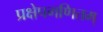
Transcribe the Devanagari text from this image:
प्रक्षेपगणितम्